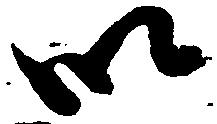
以